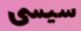
سيسى